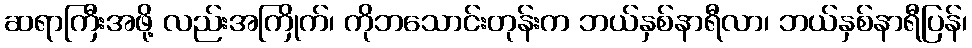
ဆရာကြီးအဖို့ လည်းအကြိုက်၊ ကိုဘသောင်းတုန်းက ဘယ်နှစ်နာရီလာ၊ ဘယ်နှစ်နာရီပြန်၊